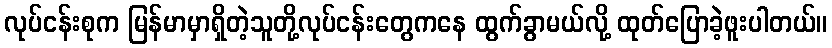
လုပ်ငန်းစုက မြန်မာမှာရှိတဲ့သူတို့လုပ်ငန်းတွေကနေ ထွက်ခွာမယ်လို့ ထုတ်ပြောခဲ့ဖူးပါတယ်။